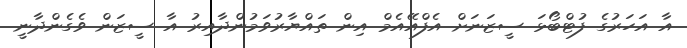
އާ އަހަރުގެ ފުޓްބޯޅަ ސީޒަނަށް އެފްއޭއެމް އިން ތައްޔާރުވަމުންދާއިރު އާ ސީޒަން ވެގެންދާނީ